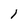
Character: 1